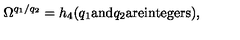
\Omega ^ { q _ { 1 } / q _ { 2 } } = h _ { 4 } ( q _ { 1 } \mathrm { a n d } q _ { 2 } \mathrm { a r e i n t e g e r s } ) ,